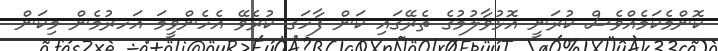
ކޮންމެކަމެއްވެސް ކުރަނީ އޮޅުވާލުމުގެ ތެރޭގައި ކަން ފާހަގ ކުރެވޭ އެހެންވީމަ އަހރުމެން މިކަން